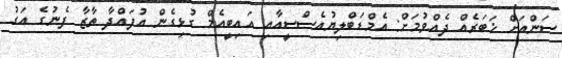
ސަންއަށް ޚަބަރެއް ދެއްވުމަށް: އެމްޑަބްލިޔުއެސްސީއާއި އައިބީއެމް ގުޅިގެން އުފައްދާ ތާޒާ ފެނުގެ އަގު